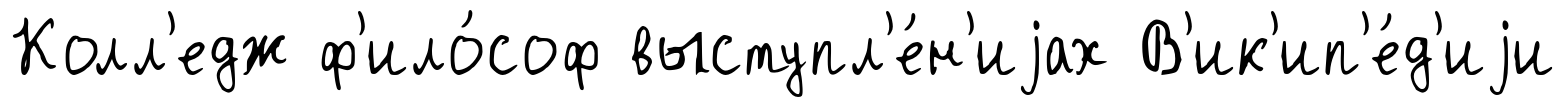
Колл'едж ф'ило́соф выступл'е́н'иjах В'ик'ип'е́д'иjи